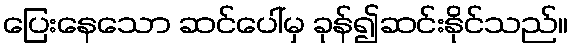
ပြေးနေသော ဆင်ပေါ်မှ ခုန်၍ဆင်းနိုင်သည်။